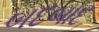
બદબાદ